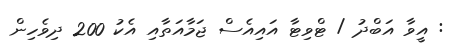
: އީވާ އަބްދު / ޓްވިޓާ އައިއެސް ޖަމާއަތާއި އެކު 200 ދިވެހިން